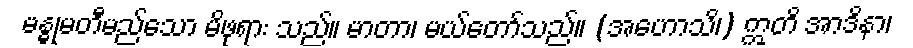
မန္ဓုမတီမည်သော မိဖုရား သည်။ မာတာ၊ မယ်တော်သည်။ (အဟောသိ၊) ဣတိ အာဒိနာ၊